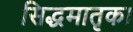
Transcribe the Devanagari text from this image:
सिद्धमातृका